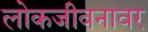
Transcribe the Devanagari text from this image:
लोकजीवनावर